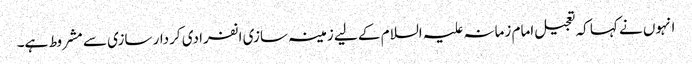
انہوں نے کہا کہ تعجیل امام زمانہ علیہ السلام کے لیے زمینہ سازی انفرادی کردار سازی سے مشروط ہے۔